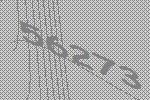
56273